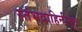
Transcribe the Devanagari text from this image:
स्तंभवाहिनीमूल